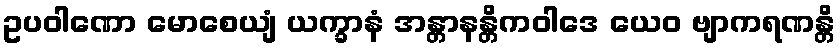
ဥပဝါဏော မောစေယျံ ယက္ခာနံ အန္တာနန္တိကဝါဒေ ယေဝ ဗျာကရဏန္တိ